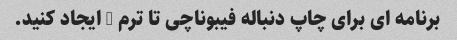
برنامه ای برای چاپ دنباله فیبوناچی تا ترم n ایجاد کنید.